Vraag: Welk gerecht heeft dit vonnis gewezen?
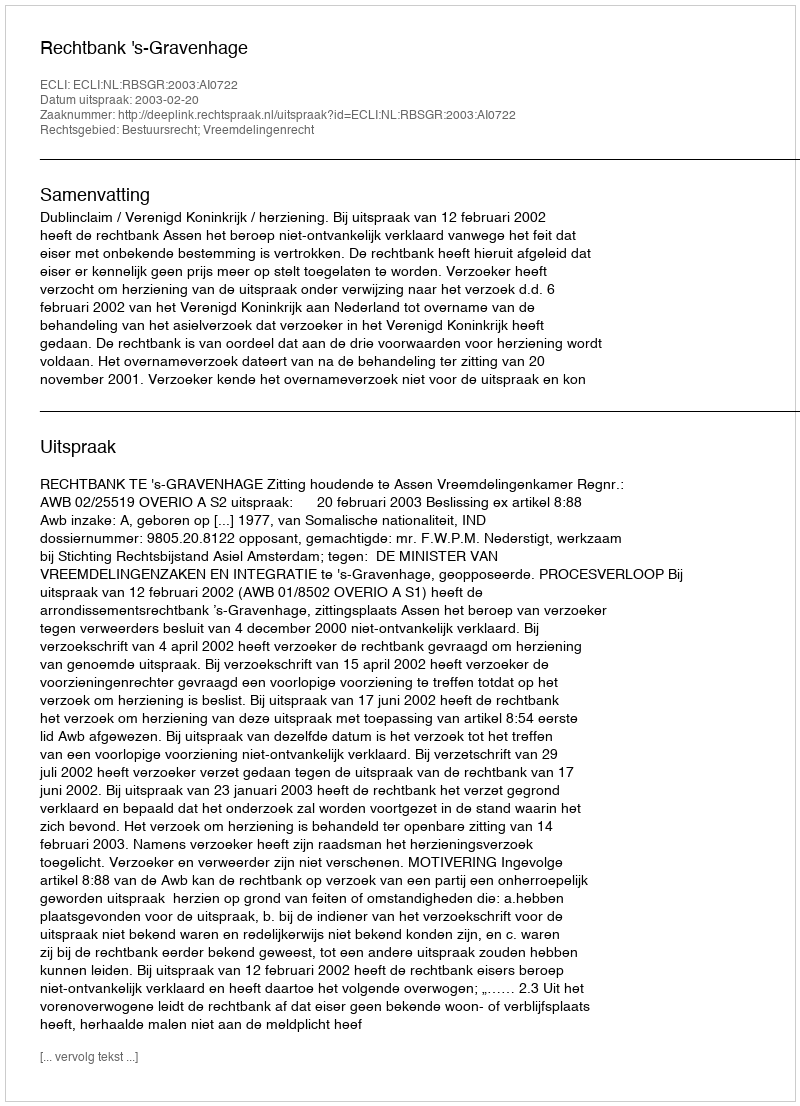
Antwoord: Rechtbank 's-Gravenhage